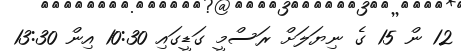
12 ން 15 ގެ ނިޔަލަށް ރަސްމީ ގަޑީގައި 10:30 އިން 13:30